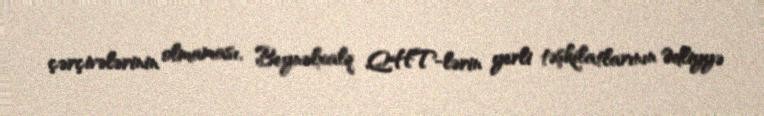
çərçivələrinin olmaması, Beynəlxalq QHT-lərin yerli təşkilatlarının Ədliyyə